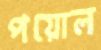
পয়োল